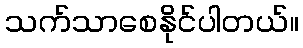
သက်သာစေနိုင်ပါတယ်။